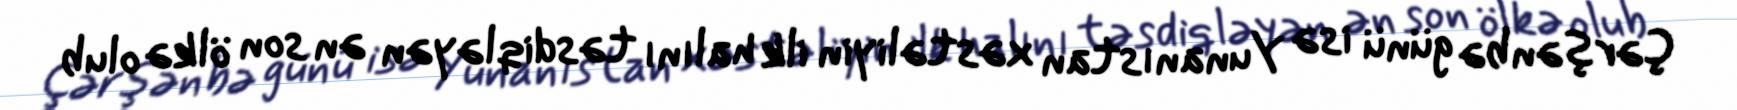
Çərşənbə günü isə Yunanıstan xəstəliyin ilk halını təsdiqləyən ən son ölkə olub